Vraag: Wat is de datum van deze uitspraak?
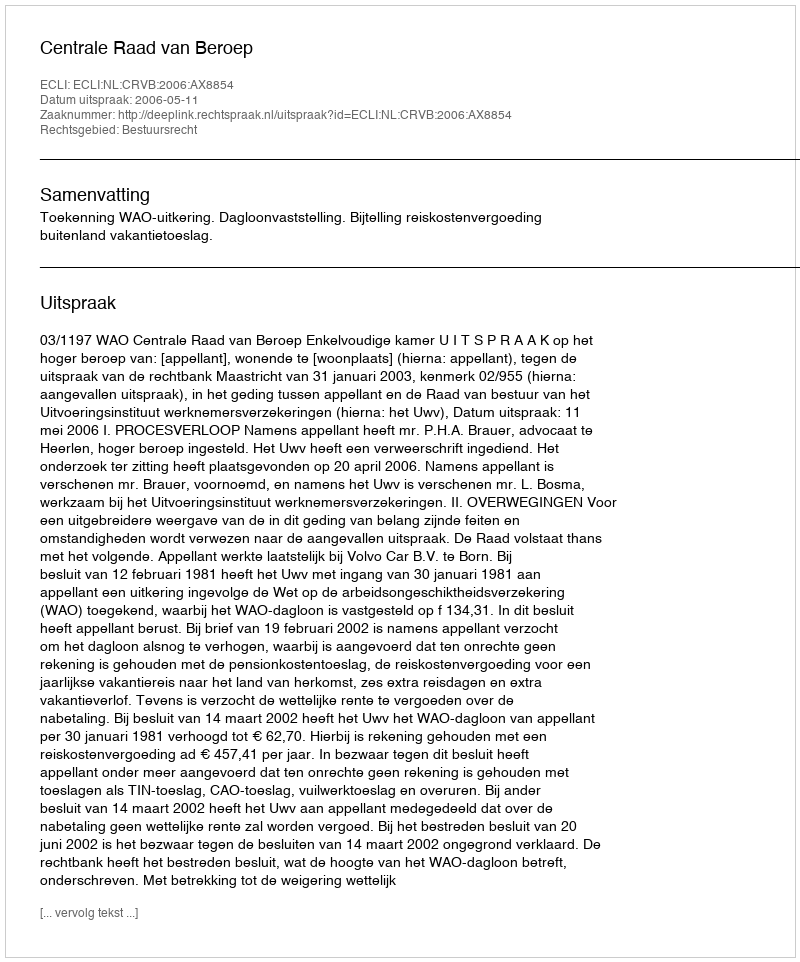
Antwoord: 2006-05-11